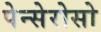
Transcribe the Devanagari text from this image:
पेन्सेरोसो